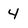
Character: 4